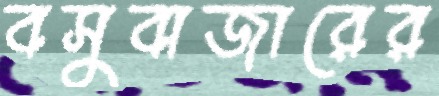
বসুবাজারের